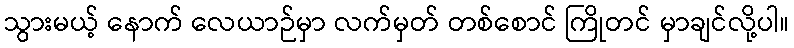
သွားမယ့် နောက် လေယာဉ်မှာ လက်မှတ် တစ်စောင် ကြိုတင် မှာချင်လို့ပါ။